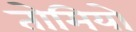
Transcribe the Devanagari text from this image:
तोमियो